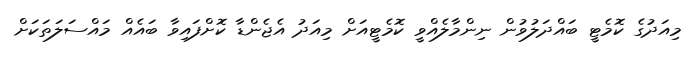
މިއަދުގެ ކޮމެޓީ ބައްދަލުވުން ނިންމާލެއްވީ ކޮމެޓީއަށް މިއަދު އެޖެންޑާ ކޮށްފައިވާ ބައެއް މައްސަލަތަކަށް